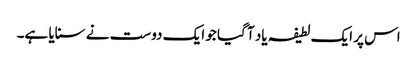
اس پر ایک لطیفہ یاد آ گیا جو ایک دوست نے سنایا ہے۔